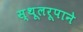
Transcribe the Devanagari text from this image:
स्थूलरूपाने